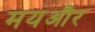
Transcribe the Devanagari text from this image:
मयऔर